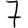
Digit: 7